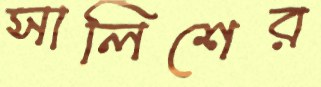
সালিশের